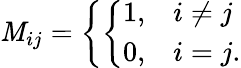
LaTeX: \mathit{M}_{ij}=\left\{ \left\{ \begin{array}{ll}{{1,}}&{{i\neq j}}\\ {{0,}}&{{i=j.}}\end{array}\right.\right.